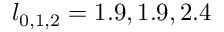
l _ { 0 , 1 , 2 } = 1 . 9 , 1 . 9 , 2 . 4